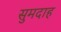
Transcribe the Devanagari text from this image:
सुमदाह